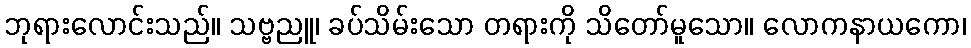
ဘုရားလောင်းသည်။ သဗ္ဗညူ၊ ခပ်သိမ်းသော တရားကို သိတော်မူသော။ လောကနာယကော၊